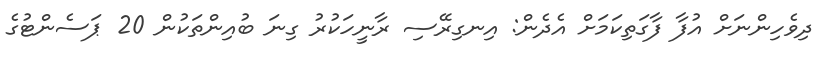
ދިވެހިންނަށް އުފާ ފާގަތިކަމަށް އެދެން: އިނގިރޭސި ރާނީހަކުރު ގިނަ ބުއިންތަކުން 20 ޕަސެންޓުގެ